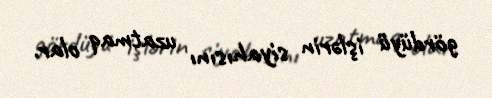
gördüyü işlərin siyahısını uzatmaq olar.